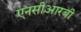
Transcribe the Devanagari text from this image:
एनसीआरबी